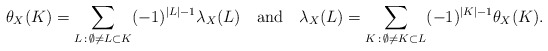
\begin{align*}\theta_X(K) = \sum_{L\, :\, \emptyset\not=L\subset K}(-1)^{|L|-1}\lambda_X(L)\ \ \mbox{ and }\ \ \lambda_X(L) = \sum_{K\, :\, \emptyset \not=K\subset L} (-1)^{|K|-1} \theta_X(K). \end{align*}